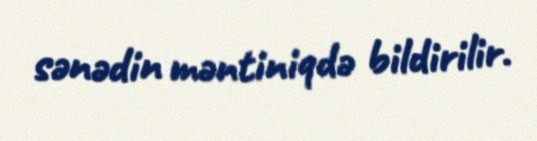
sənədin məntiniqdə bildirilir.